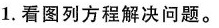
1.看图列方程解决问题。